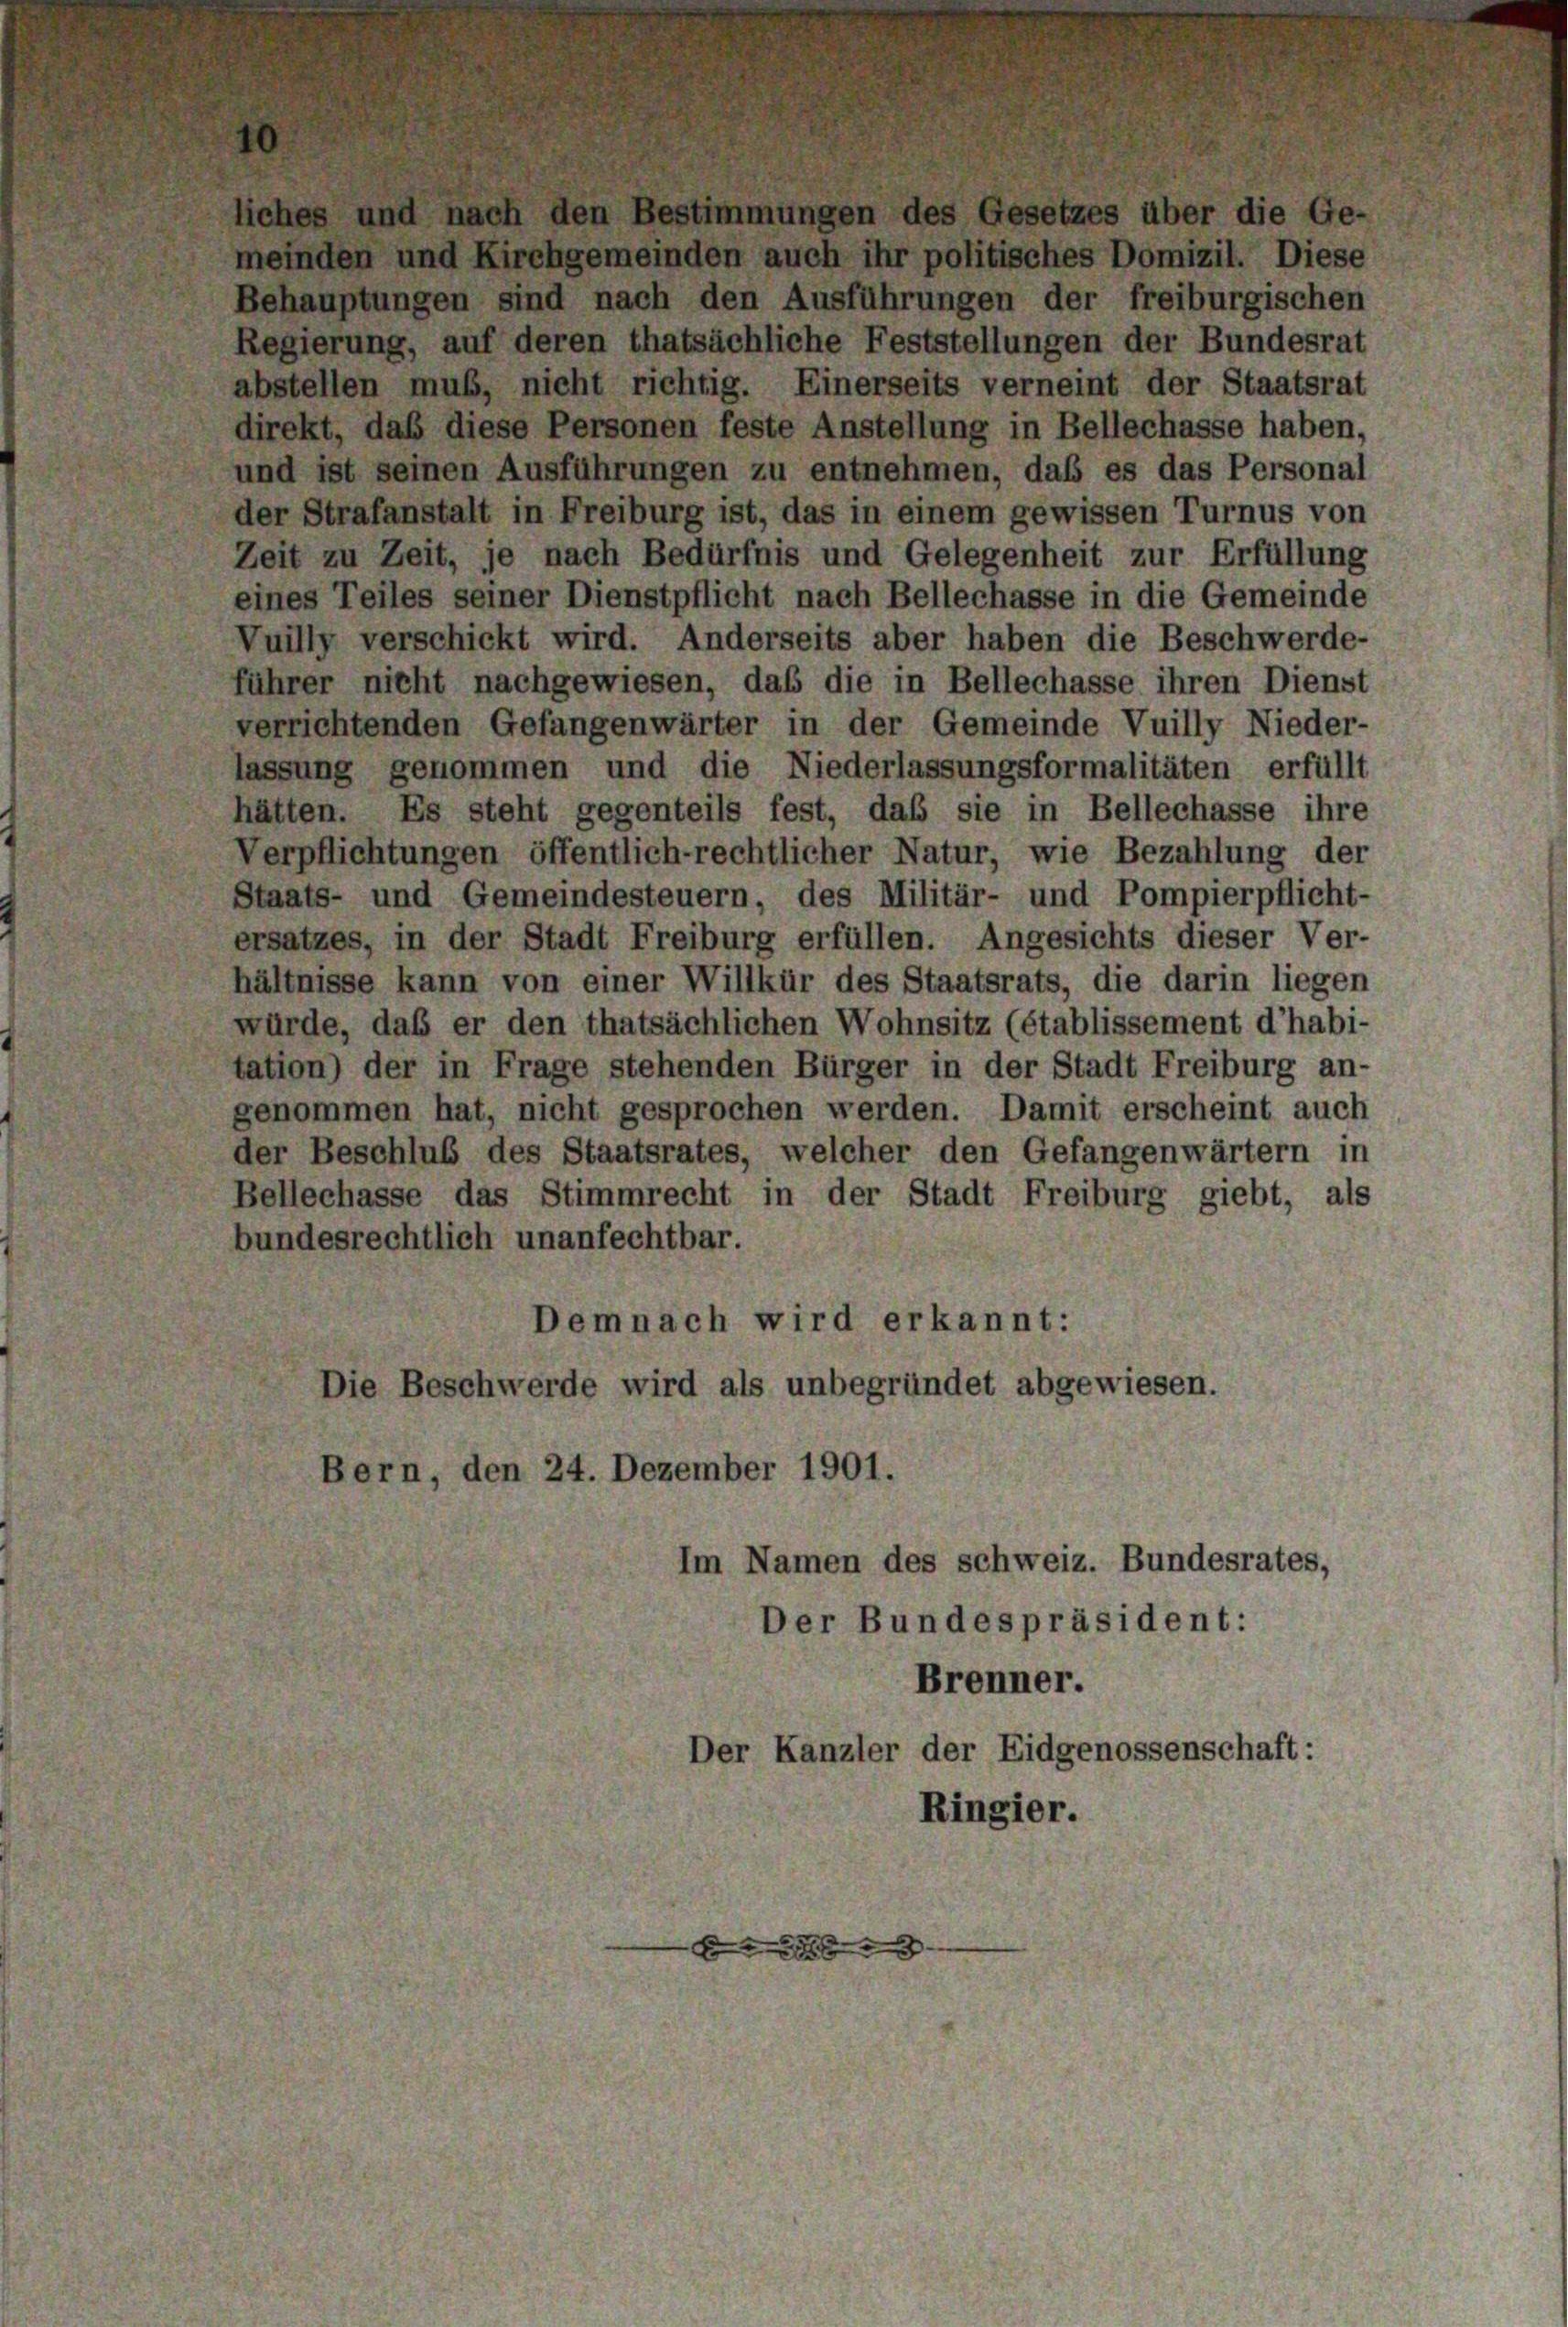
Behauptungen sind nach den Ausführungen der freiburgischen
abstellen muß, nicht richtig. Einerseits verneint der Staatsrat
direkt, daß diese Personen feste Anstellung in Bellechasse haben,
und ist seinen Ausführungen zu entnehmen, daß es das Personal
der Strafanstalt in Freiburg ist, das in einem gewissen Turnus von
Zeit zu Zeit, je nach Bedürfnis und Gelegenheit zur Erfüllung
eines Teiles seiner Dienstpflicht nach Bellechasse in die Gemeinde
Vuilly verschickt wird. Anderseits aber haben die Beschwerde-
führer nicht nachgewiesen, daß die in Bellechasse ihren Dienst
verrichtenden Gefangenwärter in der Gemeinde Vuilly Nieder-
lassung genommen und die Niederlassungsformalitäten erfüllt
hätten. Es steht gegenteils fest, daß sie in Bellechasse ihre
Verpflichtungen öffentlich-rechtlicher Natur, wie Bezahlung der
Staats- und Gemeindesteuern, des Militär- und Pompierpflicht-
ersatzes, in der Stadt Freiburg erfüllen. Angesichts dieser Ver-
hältnisse kann von einer Willkür des Staatsrats, die darin liegen
würde, das er den thatsächlichen Wohnsitz (établissement d’habi-
tation) der in Frage stehenden Bürger in der Stadt Freiburg an-
genommen hat, nicht gesprochen werden. Damit erscheint auch
der Beschluß des Staatsrates, welcher den Gefangenwärtern in
Bellechasse das Stimmrecht in der Stadt Freiburg giebt, als
bundesrechtlich unanfechtbar.
Demnach wird erkannt:
Die Beschwerde wird als unbegründet abgewiesen.
Bern, den 24. Dezember 1901.
Im Namen des schweiz. Bundesrates,
Der Bundespräsident:

Regierung, auf deren thatsächliche Feststellungen der Bundesrat

Brenner.
Kanzler der Eidgenossenschaft:

Ringier.